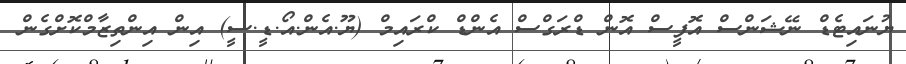
ޔުނައިޓެޑް ނޭޝަންސް އޮފީސް އޮން ޑްރަގްސް އެންޑް ކްރައިމް (ޔޫ.އެން.އޯ.ޑީ.ސީ) އިން އިންތިޒާމްކޮށްގެން